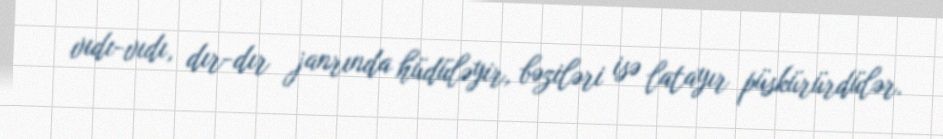
vıdı-vıdı, dır-dır janrında hüdüləyir, bəziləri isə latayır püskürürdülər.